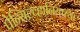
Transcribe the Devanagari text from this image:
पेन्सिल्व्हानियाच्या